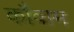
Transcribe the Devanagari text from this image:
कौवाम